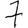
Digit: 7